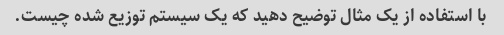
با استفاده از یک مثال توضیح دهید که یک سیستم توزیع شده چیست.